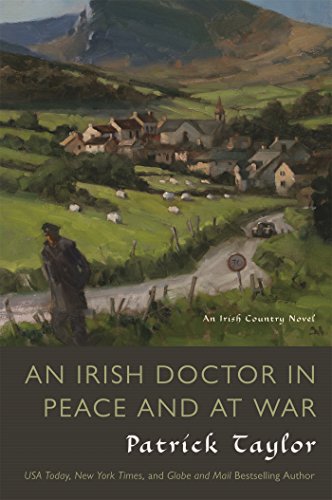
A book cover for An Irish Doctor in Peace and at War: An Irish Country Novel (Irish Country Books); Patrick Taylor; Literature & Fiction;